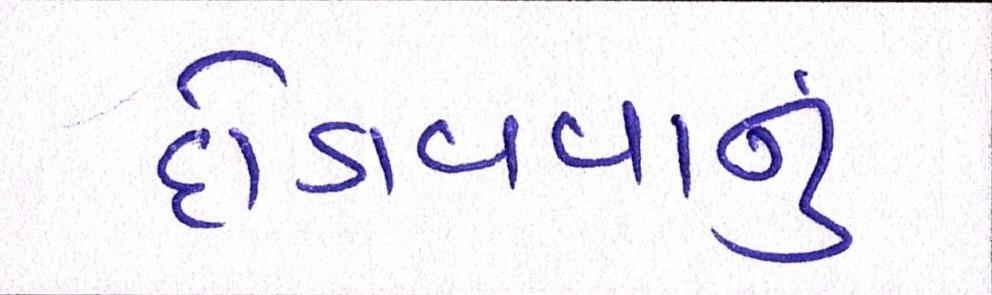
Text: દોડાવવાનું